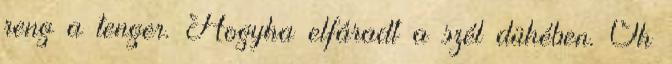
reng a tenger. Hogyha elfáradt a szél dühében. Óh